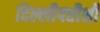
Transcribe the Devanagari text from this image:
दिल्लीपतीशी